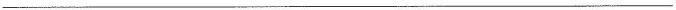
___